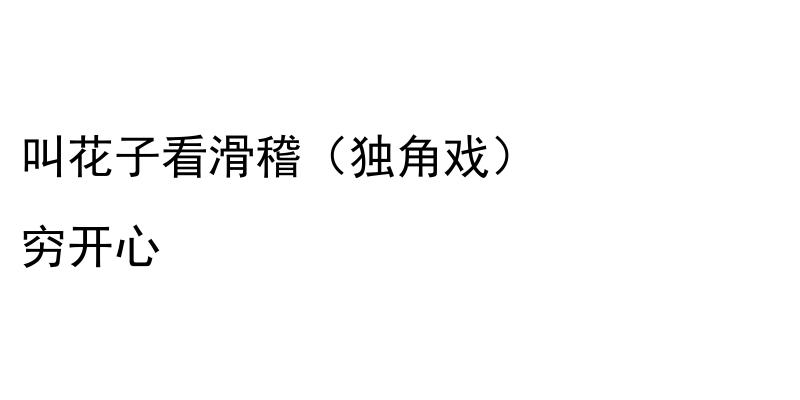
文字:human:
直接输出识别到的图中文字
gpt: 叫花子看滑稽（独角戏） 穷开心